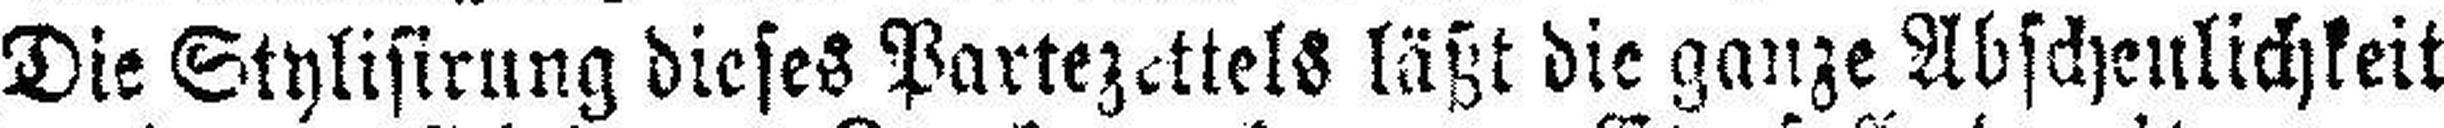
Die Stylisirung dieses Partezettels läßt die ganze Abscheulichkeit